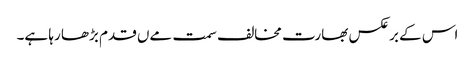
اس کے برعکس بھارت مخالف سمت مےں قدم بڑھا رہا ہے۔